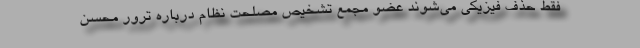
فقط حذف فیزیکی می‌شوند عضو مجمع تشخیص مصلحت نظام درباره ترور محسن